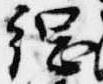
綱